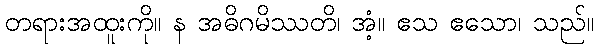
တရားအထူးကို။ န အဓိဂမိဿတိ၊ အံ့။ ဧသ ဧသော၊ သည်။